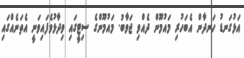
އަޅުގަނޑު ހަނދާން އެބަހުރި މައުމޫން ދެއްވި ޖަވާބު. މައުމޫންގެ ސިޓީގައި ވިދާޅުވެފައިވަނީ އެތަނެއްގައި